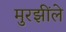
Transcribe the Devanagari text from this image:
मुरझींले